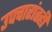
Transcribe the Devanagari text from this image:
उपचारांतही